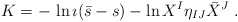
\begin{align*} K = - \, \ln \imath (\bar{s} - s) - \ln{X^I\eta_{IJ} \bar X^J} \ .\end{align*}